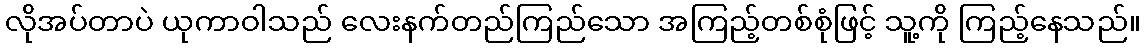
လိုအပ်တာပဲ ယုကာဝါသည် လေးနက်တည်ကြည်သော အကြည့်တစ်စုံဖြင့် သူ့ကို ကြည့်နေသည်။